Vaccination returns of the Province of Eastern Bengal and Assam - 1905-1912
Year: 1905
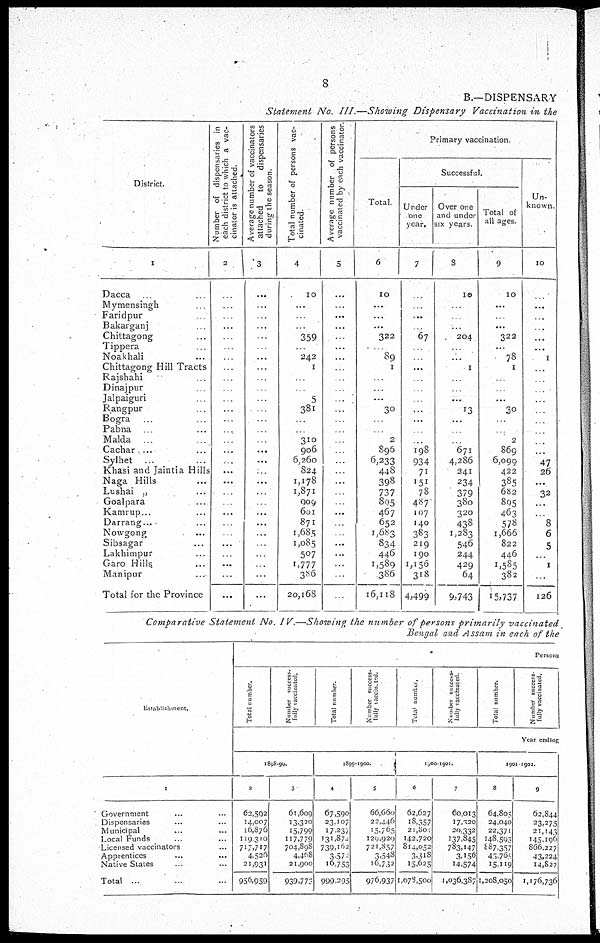
8
B.—DISPENSARY
Statement No. III.—Showing Dispensary Vaccination in the
District.
1
Dacca ... ...
Mymensingh ... ...
Faridpur ... ...
Bakarganj ... ...
Chittagong ... ...
Tippera ... ...
Noakhali ... ...
Chittagong Hill Tracts
Rajshahi ... ...
Dinajpur ... ...
Jalpaiguri ...
Rangpur
...
Bogra ... ...
Pabna ... ...
Malda ... ...
Cachar ... ...
Sylhet ... ...
Khasi and Jaintia Hills
Naga Hills ...
Lushai „ ... ...
Goalpara ... ...
Kamrup... ...
Darrang... ...
Nowgong ... ...
Sibsagar ... ...
Lakhimpur ... ...
Garo Hills ... ...
Manipur ... ...
Total for the Province
Number of dispensaries in
each district to which a vac-
cinator is attached.
2
...
...
...
...
...
...
...
...
...
...
...
...
...
...
...
...
...
...
...
...
...
...
...
...
...
...
...
...
...
Average number of vaccinators
attached
to dispensaries
during the season.
3
...
...
...
...
...
...
...
...
...
...
...
...
...
...
...
...
...
...
...
...
...
...
...
...
...
...
...
...
...
Total number of persons vac-
cinated.
4
10
...
...
...
359
...
242
1
...
...
5
381
...
...
310
906
6,260
824
1,178
1,871
909
601
871
1,685
1,085
507
1,777
386
20,168
Average number of persons
vaccinated by each vaccinator
5
...
...
...
...
...
...
...
...
...
...
...
...
...
...
...
...
...
...
...
...
...
...
...
...
...
...
...
...
...
Primary vaccination.
Total.
6
10
...
...
...
322
...
89
1
...
...
...
30
...
...
2
896
6,233
448
398
737
895
467
652
1,683
834
446
1,589
386
16,118
Successful.
Under
one
year.
7
...
...
...
67
...
...
...
...
...
...
...
...
...
...
198
934
71
151
78
487
107
140
383
219
190
1,156
318
4,499
Over one
and under
six years.
8
10
...
...
...
204
...
...
1
...
...
...
13
...
...
...
671
4,286
241
234
379
380
320
438
1,283
546
244
429
64
9,743
Total of
all ages.
9
10
...
...
...
322
...
78
1
...
...
...
30
...
...
2
869
6,099
422
385
682
895
463
578
1,666
822
446
1,585
382
15,737
Un-
known.
10
...
...
...
...
...
1
...
...
...
...
...
...
...
...
...
47
26
...
32
...
...
8
6
5
...
1
...
126
Comparative Statement No. IV.—Showing the number of persons primarily vaccinated
Bengal and Assam in each of the
Establishment.
1
Government ... ...
Dispensaries ... ...
Municipal ... ...
Local Funds ... ...
Licensed vaccinators ...
Apprentices
...
...
Native States ... ...
Total ... ...
Persons
Total number.
Number success-
fully vaccinated.
Total number.
Number success-
fully vaccinated.
Total number.
Number success-
fully vaccinated.
Total number.
Number success-
fully vaccinated.
Year ending
1898-99.
2
62,502
14,007
16,876
119,310
717,717
4,526
21,931
956,959
3
61,609
13,320
15,799
117,779
704,898
4,468
21,900
939,773
1899-1900.
4
67,590
23,107
17,237
131,874
739,162
3,572
16,753
999,295
5
66,660
22,446
15,765
129,920
721,857
3,548
16,732
976,937
1900-1901.
6
62,627
18,357
21,801
142,720
814,052
3,318
15,625
1,078,500
7
60,013
17,320
20,332
137,845
783,147
3,156
14,574
1,036,387
1901-1902.
8
64,805
24,040
22,371
148,593
887,357
45,765
15,119
1,208,050
9
62,844
23,275
21,143
145,196
866,227
43,224
14,827
1,176,736